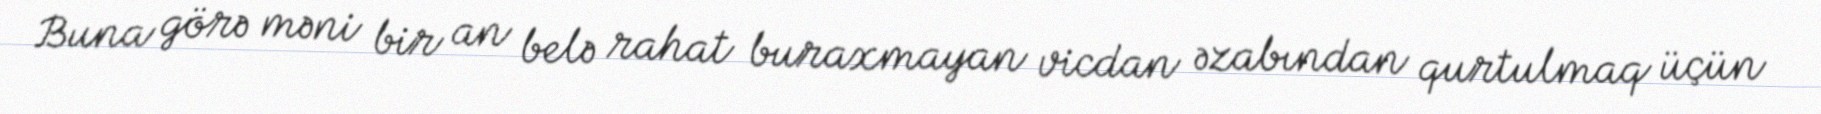
Buna görə məni bir an belə rahat buraxmayan vicdan əzabından qurtulmaq üçün